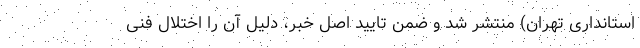
استانداری تهران) منتشر شد و ضمن تایید اصل خبر، دلیل آن را اختلال فنی